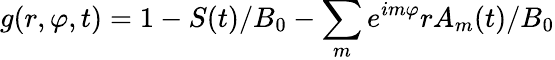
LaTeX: g(r,\varphi,t)=1-S(t)/B_{0}-\sum_{m}e^{im\varphi}rA_{m}(t)/B_{0}